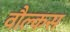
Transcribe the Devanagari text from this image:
वौल्कस